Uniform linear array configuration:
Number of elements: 8
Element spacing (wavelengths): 0.75
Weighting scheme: uniform
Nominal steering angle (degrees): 30
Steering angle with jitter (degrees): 29.964
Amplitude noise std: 0.05
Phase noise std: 0.05

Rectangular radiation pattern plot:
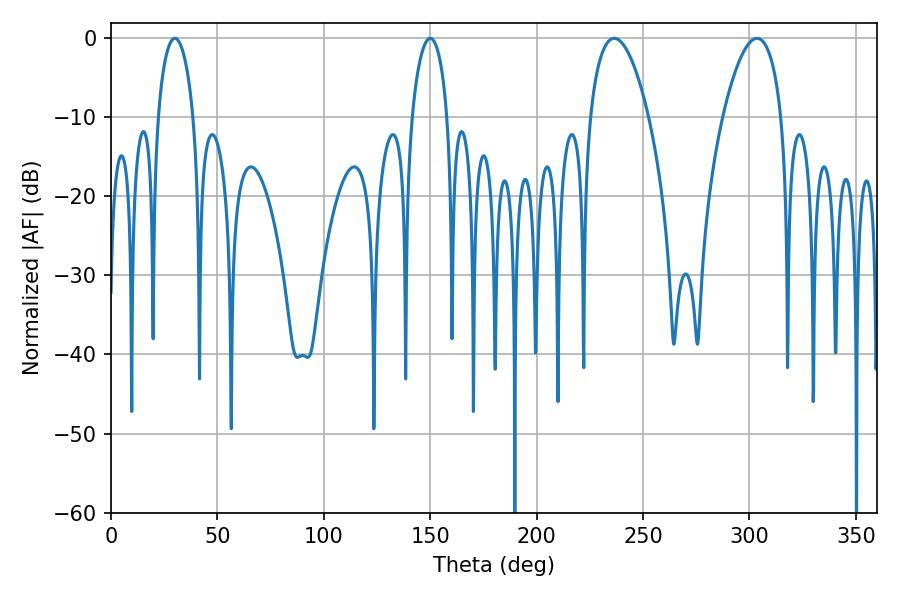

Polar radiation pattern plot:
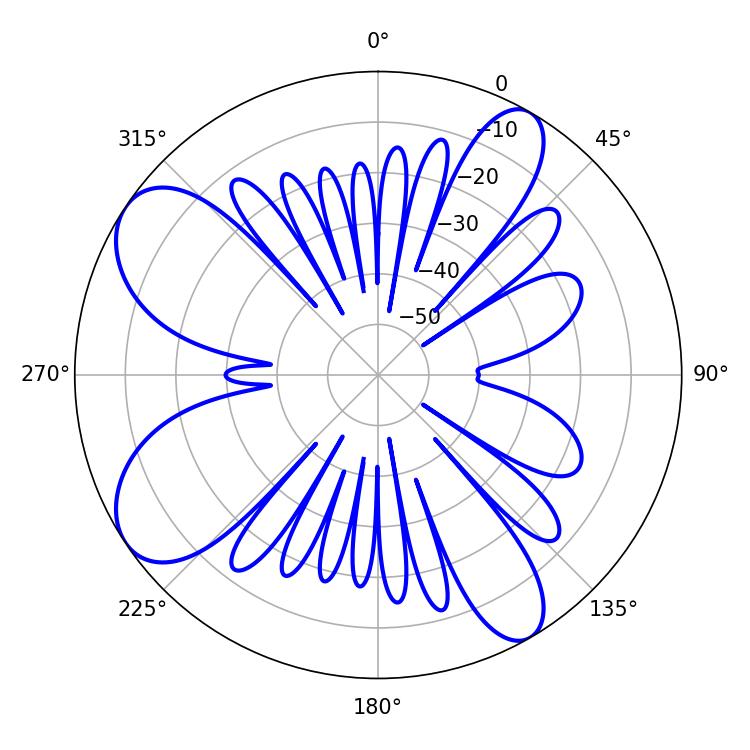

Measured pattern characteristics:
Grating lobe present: TRUE
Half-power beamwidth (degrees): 15.48
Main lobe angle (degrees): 236.52